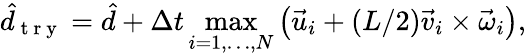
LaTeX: \hat{d}_{\mathrm{~t~r~y~}}=\hat{d}+\Delta t\operatorname*{max}_{i=1,\dots,N}\left(\vec{u}_{i}+(L/2)\vec{v}_{i}\times\vec{\omega}_{i}\right),